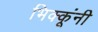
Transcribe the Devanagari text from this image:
भिक्कूंनी